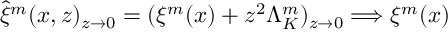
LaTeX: \hat { \xi } ^ { m } ( x , z ) _ { z \rightarrow 0 } = ( \xi ^ { m } ( x ) + z ^ { 2 } \Lambda _ { K } ^ { m } ) _ { z \rightarrow 0 } \Longrightarrow \xi ^ { m } ( x ) \,